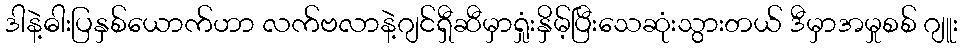
ဒါနဲ့ဓါးပြနှစ်ယောက်ဟာ လက်ဗလာနဲ့ဂျင်ရှီဆီမှာရှုံးနှိမ့်ပြီးသေဆုံးသွားတယ် ဒီမှာအမှုစစ် ဂျူး